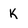
Character: K